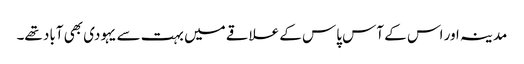
مدینہ اور اس کے آس پاس کے علاقے میں بہت سے یہودی بھی آباد تھے۔